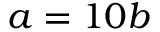
a = 1 0 b